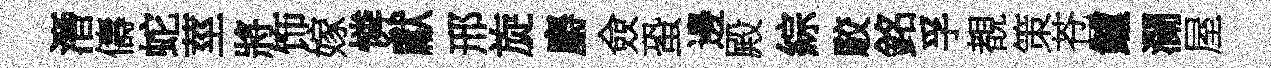
潛儔蛇莖將饰嫁憐獻邢旋麝僉蛩邊殿綜駮銘孚覩策苍鱸瀾屋